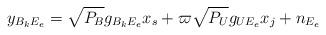
LaTeX: \begin{align*} y_{B_kE_e} = \sqrt{P_B} g_{B_kE_e} x_s + \varpi \sqrt{P_U}g_{UE_e}x_j +n_{E_e}\end{align*}